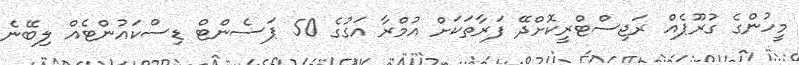
މީހުންގެ ގުރޫޕެއް ރަޖިސްޓްރީކޮށްދޭ ފަރާތަކަށް އުމްރާ އަގުގެ 50 ޕަސެންޓް ޑިސްކައުންޓެއް ލިބޭނެ